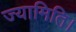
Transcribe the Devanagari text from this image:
ज्यामिति।